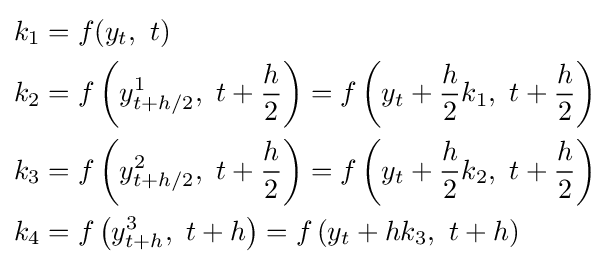
{\begin{aligned}k_{1}&=f(y_{t},\ t)\\k_{2}&=f\left(y_{t+h/2}^{1},\ t+{\frac {h}{2}}\right)=f\left(y_{t}+{\frac {h}{2}}k_{1},\ t+{\frac {h}{2}}\right)\\k_{3}&=f\left(y_{t+h/2}^{2},\ t+{\frac {h}{2}}\right)=f\left(y_{t}+{\frac {h}{2}}k_{2},\ t+{\frac {h}{2}}\right)\\k_{4}&=f\left(y_{t+h}^{3},\ t+h\right)=f\left(y_{t}+hk_{3},\ t+h\right)\end{aligned}}